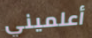
أعلميني